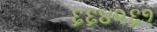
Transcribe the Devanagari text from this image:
६६४२६१